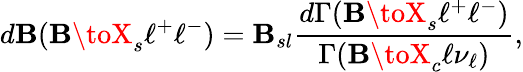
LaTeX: d{\cal\mathbf{B}}(\mathbf{B}\toX_{s}\ell^{+}\ell^{-})={\cal\mathbf{B}}_{sl}\frac{{d\Gamma(\mathbf{B}\toX_{s}\ell^{+}\ell^{-})}}{{\Gamma(\mathbf{B}\toX_{c}\ell\nu_{\ell})}},